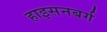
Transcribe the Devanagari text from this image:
हाइसनबर्ग